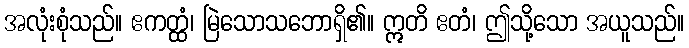
အလုံးစုံသည်။ ဧကတ္ထံ၊ မြဲသောသဘောရှိ၏။ ဣတိ ဧတံ၊ ဤသို့သော အယူသည်။